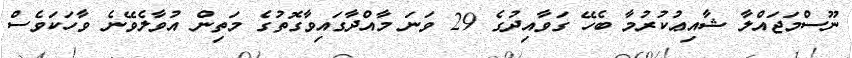
ނޫސްމަޖައްލާ ޝާއިޢުކުރުމާ ބެހޭ ގަވާއިދުގެ 29 ވަނަ މާއްދާގައިވާގޮތުގެ މަތިން އުވާލެވޭނެ ވާހަކަވެސް